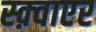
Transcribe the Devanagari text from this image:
स्क़्वाएर